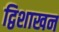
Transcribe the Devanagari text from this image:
द्विशाखन